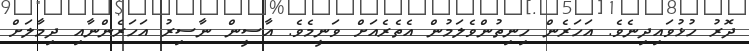
ދޮރު ހުޅުވައިދިނެވެ. އަހަރެން ހިނިތުންވެލަމުން އެތެރެއަށް ވަނީމެވެ. އާސީން ނާސިރު އަހަރެންނާއި ދިމާލަށް